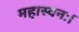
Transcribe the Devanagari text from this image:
महास्वनः।